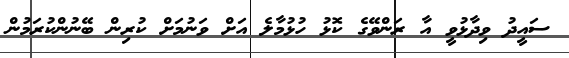
ސައީދު ވިދާޅުވީ އާ ރަންވޭގެ ކޮޅު ހުޅުމާލެ އަށް ވަނުމަށް ކުރިން ބޭނުންކުރަމުން